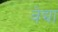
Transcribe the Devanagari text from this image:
वेद्या